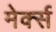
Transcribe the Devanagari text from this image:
मेर्क्स